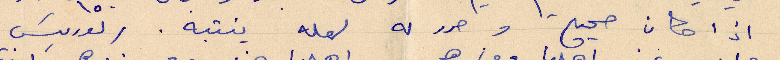
اذا كان صحيح وحرر له لعله ينتبه. ريوريتس